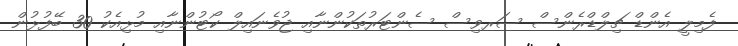
ފެމިލީ އެންޑް ޗިލްޑްރެންސް ސަރވިސް ސެންޓަރުތަކުންނާއި ޖުވެނައިލް ކޯޓުންނާއި މުޅިއެކު 30 ބޭފުޅުން